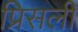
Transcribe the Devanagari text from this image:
प्रिसली